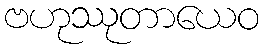
ဗဟုဿုတာယေဝ